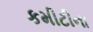
કમીટીના